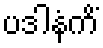
ပဒါနံကိံ